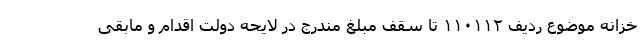
خزانه موضوع ردیف‌ ۱۱۰۱۱۲ تا سقف مبلغ مندرج در لایحه دولت اقدام و مابقی